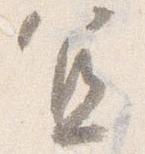
宜